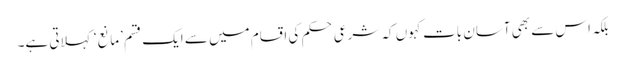
بلکہ اس سے بھی آسان بات کہوں کہ شرعی حکم کی اقسام میں سے ایک قسم ’مانع‘ کہلاتی ہے۔